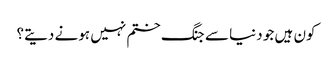
کون ہیں جو دنیا سے جنگ ختم نہیں ہونے دیتے؟